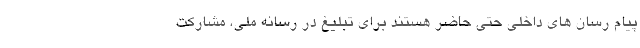
پیام رسان های داخلی حتی حاضر هستند برای تبلیغ در رسانه ملی، مشارکت